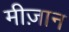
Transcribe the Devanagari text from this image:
मीज़ान